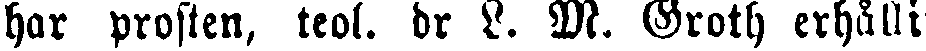
har prosten, teol. dr L. M. Groth erhålli